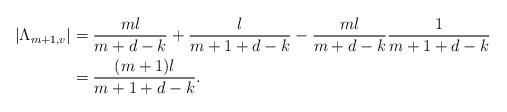
LaTeX: \begin{align*}|\Lambda_{m+1,v}|&=\frac{ml}{m+d-k}+\frac{l}{m+1+d-k}-\frac{ml}{m+d-k}\frac{1}{m+1+d-k}\\&=\frac{(m+1)l}{m+1+d-k}.\end{align*}